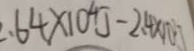
. 6 4 \times 1 0 ^ { 4 } J - 2 . 4 \times 1 0 ^ { 3 } J